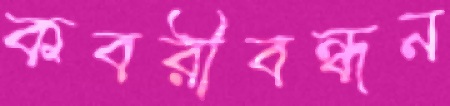
কবরীবন্ধন